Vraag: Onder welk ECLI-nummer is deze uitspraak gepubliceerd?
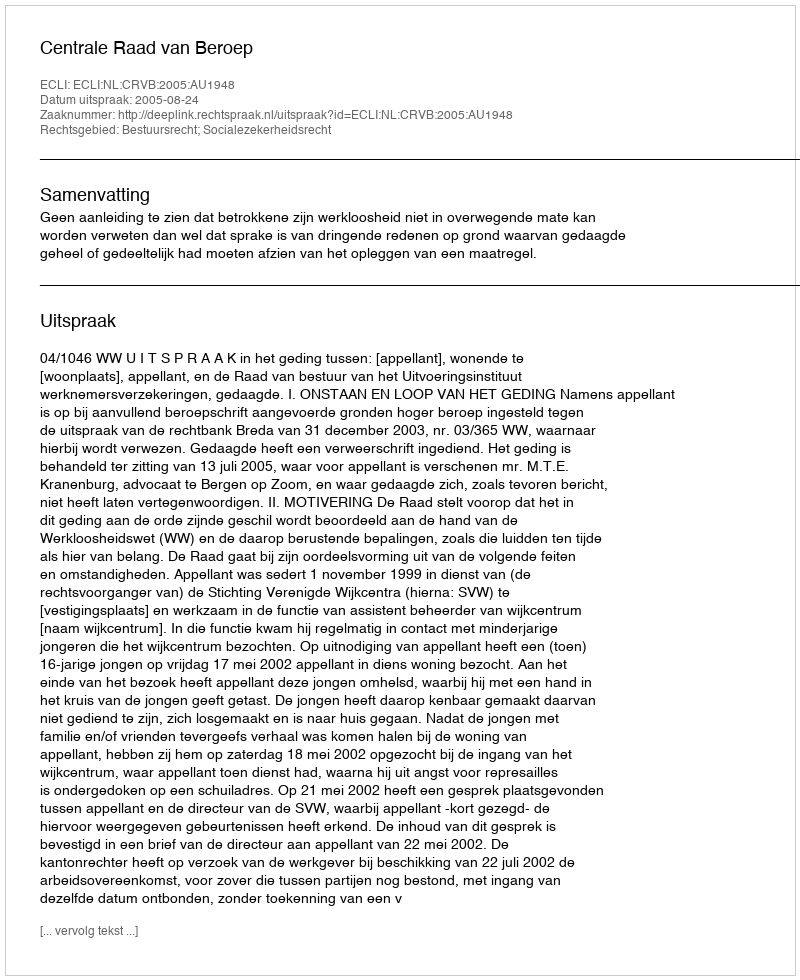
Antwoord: ECLI:NL:CRVB:2005:AU1948